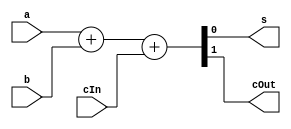
module FullAdder1(input a,b,cIn,output reg s,cOut);
  always @(*)
    {cOut,s}=a+b+cIn;
endmodule